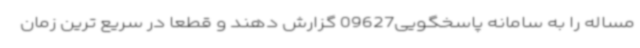
مساله را به سامانه پاسخگویی09627 گزارش دهند و قطعا در سریع ترین زمان